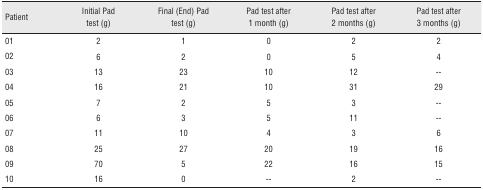
<table><thead><tr><td><b>Patient</b></td><td><b>Initial Pad test (g)</b></td><td><b>Final (End) Pad test (g)</b></td><td><b>Pad test after 1 month (g)</b></td><td><b>Pad test after 2 months (g)</b></td><td><b>Pad test after 3 months (g)</b></td></tr></thead><tbody><tr><td>01</td><td>2</td><td>1</td><td>0</td><td>2</td><td>2</td></tr><tr><td>02</td><td>6</td><td>2</td><td>0</td><td>5</td><td>4</td></tr><tr><td>03</td><td>13</td><td>23</td><td>10</td><td>12</td><td>--</td></tr><tr><td>04</td><td>16</td><td>21</td><td>10</td><td>31</td><td>29</td></tr><tr><td>05</td><td>7</td><td>2</td><td>5</td><td>3</td><td>--</td></tr><tr><td>06</td><td>6</td><td>3</td><td>5</td><td>11</td><td>--</td></tr><tr><td>07</td><td>11</td><td>10</td><td>4</td><td>3</td><td>6</td></tr><tr><td>08</td><td>25</td><td>27</td><td>20</td><td>19</td><td>16</td></tr><tr><td>09</td><td>70</td><td>5</td><td>22</td><td>16</td><td>15</td></tr><tr><td>10</td><td>16</td><td>0</td><td>--</td><td>2</td><td>--</td></tr></tbody></table>